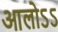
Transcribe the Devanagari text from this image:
आलोऽऽ